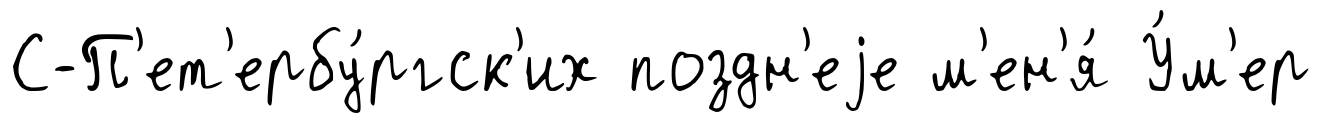
С-П'ет'ербу́ргск'их поздн'еjе м'ен'я́ У́м'ер